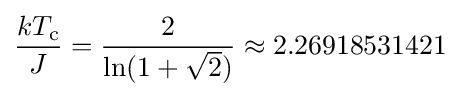
{\frac {kT_{\text{c}}}{J}}={\frac {2}{\ln(1+{\sqrt {2}})}}\approx 2.26918531421